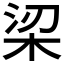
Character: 鿄